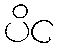
ပိင